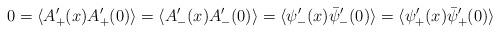
LaTeX: \begin{align*}0 = \langle A'_+ (x) A'_+(0) \rangle = \langle A'_- (x) A'_- (0) \rangle = \langle {\psi}'_-(x) \bar{\psi}'_-(0)\rangle = \langle {\psi}'_+(x) \bar{\psi}'_+(0)\rangle\end{align*}